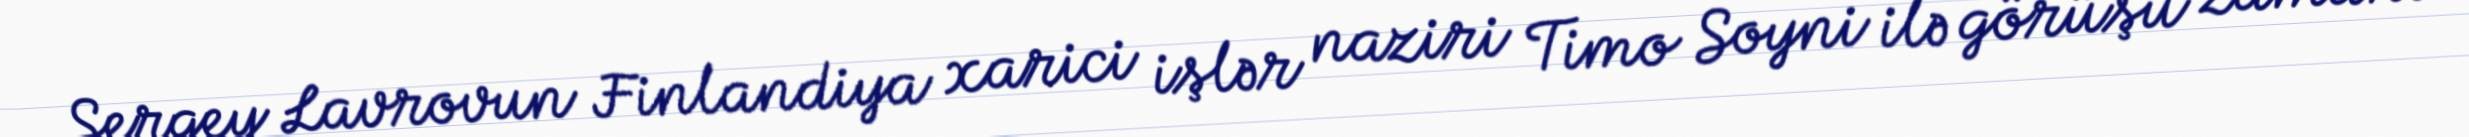
Sergey Lavrovun Finlandiya xarici işlər naziri Timo Soyni ilə görüşü zamanı